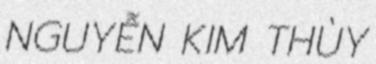
NGUYỄN KIM THÙY